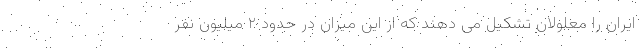
ایران را معلولان تشکیل می دهند که از این میزان در حدود ۲ میلیون نفر